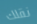
نقلك